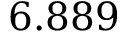
6 . 8 8 9